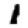
Digit: 1